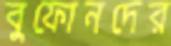
বুফোনদের